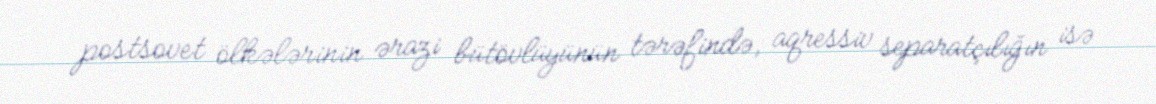
postsovet ölkələrinin ərazi bütövlüyünün tərəfində, aqressiv separatçılığın isə